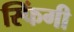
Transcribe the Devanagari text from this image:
स्फिंगी